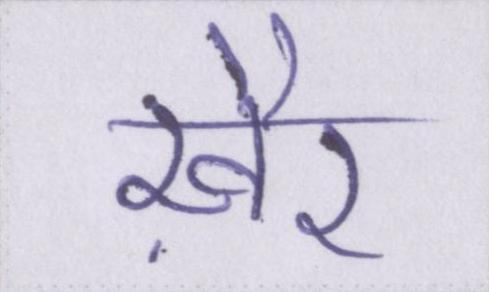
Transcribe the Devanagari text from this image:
ख़ैर